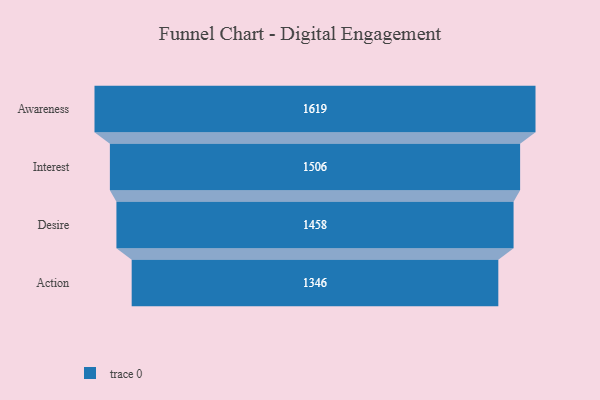
{"axis": {"x": "Stage", "y": "Value"}, "legend": [""], "data": [{"x": "Awareness", "y": 1619.0, "type": ""}, {"x": "Interest", "y": 1506.0, "type": ""}, {"x": "Desire", "y": 1458.0, "type": ""}, {"x": "Action", "y": 1346.0, "type": ""}]}